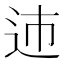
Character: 䢌